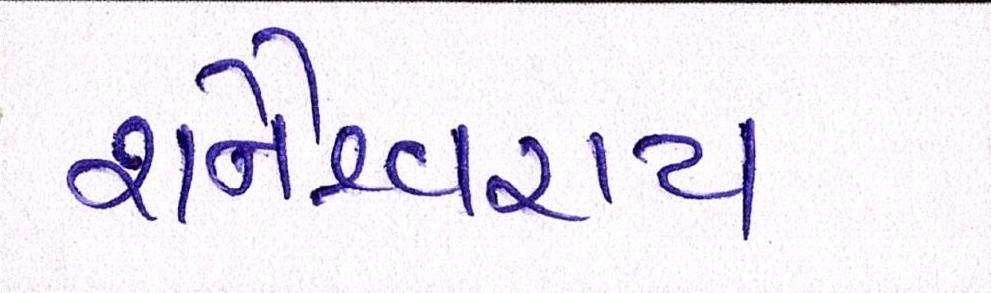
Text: શનૈશ્ચરાય